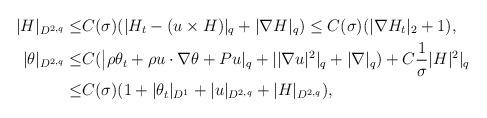
LaTeX: \begin{align*}|H|_{D^{2,q}}\leq & C(\sigma)(|H_t-(u\times H)|_q+|\nabla H|_q)\leq C(\sigma)(|\nabla H_t|_2+1),\\|\theta|_{D^{2,q}} \leq & C(\big|\rho \theta_t+\rho u\cdot \nabla \theta+Pu|_q+||\nabla u|^2|_q+|\nabla |_q)+C\frac{1}{\sigma}|H|^2|_q\\\leq & C(\sigma)(1+|\theta_t|_{D^1}+|u|_{D^{2,q}}+|H|_{D^{2,q}}),\end{align*}